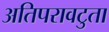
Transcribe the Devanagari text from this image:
अतिपरावटुता